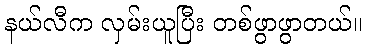
နယ်လီက လှမ်းယူပြီး တစ်ဖွာဖွာတယ်။